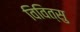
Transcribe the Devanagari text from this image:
विवित्सु